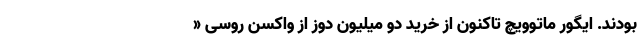
بودند. ایگور ماتوویچ تاکنون از خرید دو میلیون دوز از واکسن روسی «